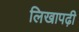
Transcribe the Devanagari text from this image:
लिखापढ़ी